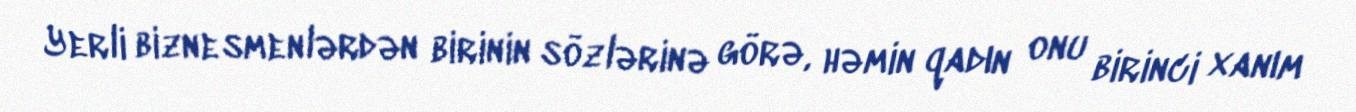
Yerli biznesmenlərdən birinin sözlərinə görə, həmin qadın onu birinci xanım